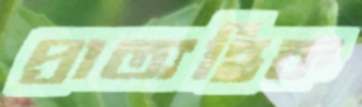
প্রাত্যহিক